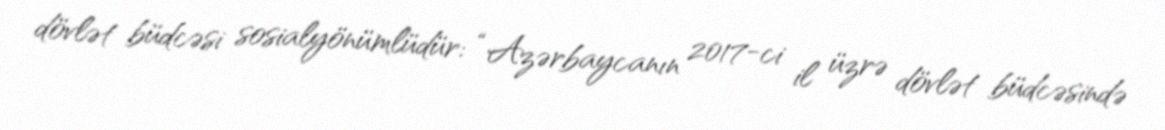
dövlət büdcəsi sosialyönümlüdür: “Azərbaycanın 2017-ci il üzrə dövlət büdcəsində